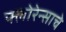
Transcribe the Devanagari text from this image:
फ्लोरेन्साचे